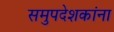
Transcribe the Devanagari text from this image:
समुपदेशकांना